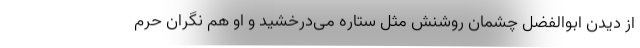
از دیدن ابوالفضل چشمان روشنش مثل ستاره می‌درخشید و او هم نگران حرم